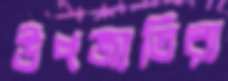
উপজাতিরা